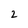
Character: 2